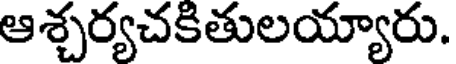
ఆశ్చర్యచకితులయ్యారు.